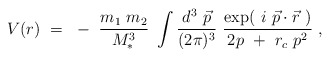
\begin{align*}V( r )~ =~-~{m_1~m_2 \over M_*^3}~\int {d^3~\vec{p}\over (2\pi)^3}~ {\exp(~i~\vec{p}\cdot \vec{r}~) \over 2p ~+ ~r_c~{p}^2}~,\end{align*}